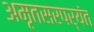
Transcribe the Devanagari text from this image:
अमृतसरपर्यंत